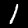
Label: 1